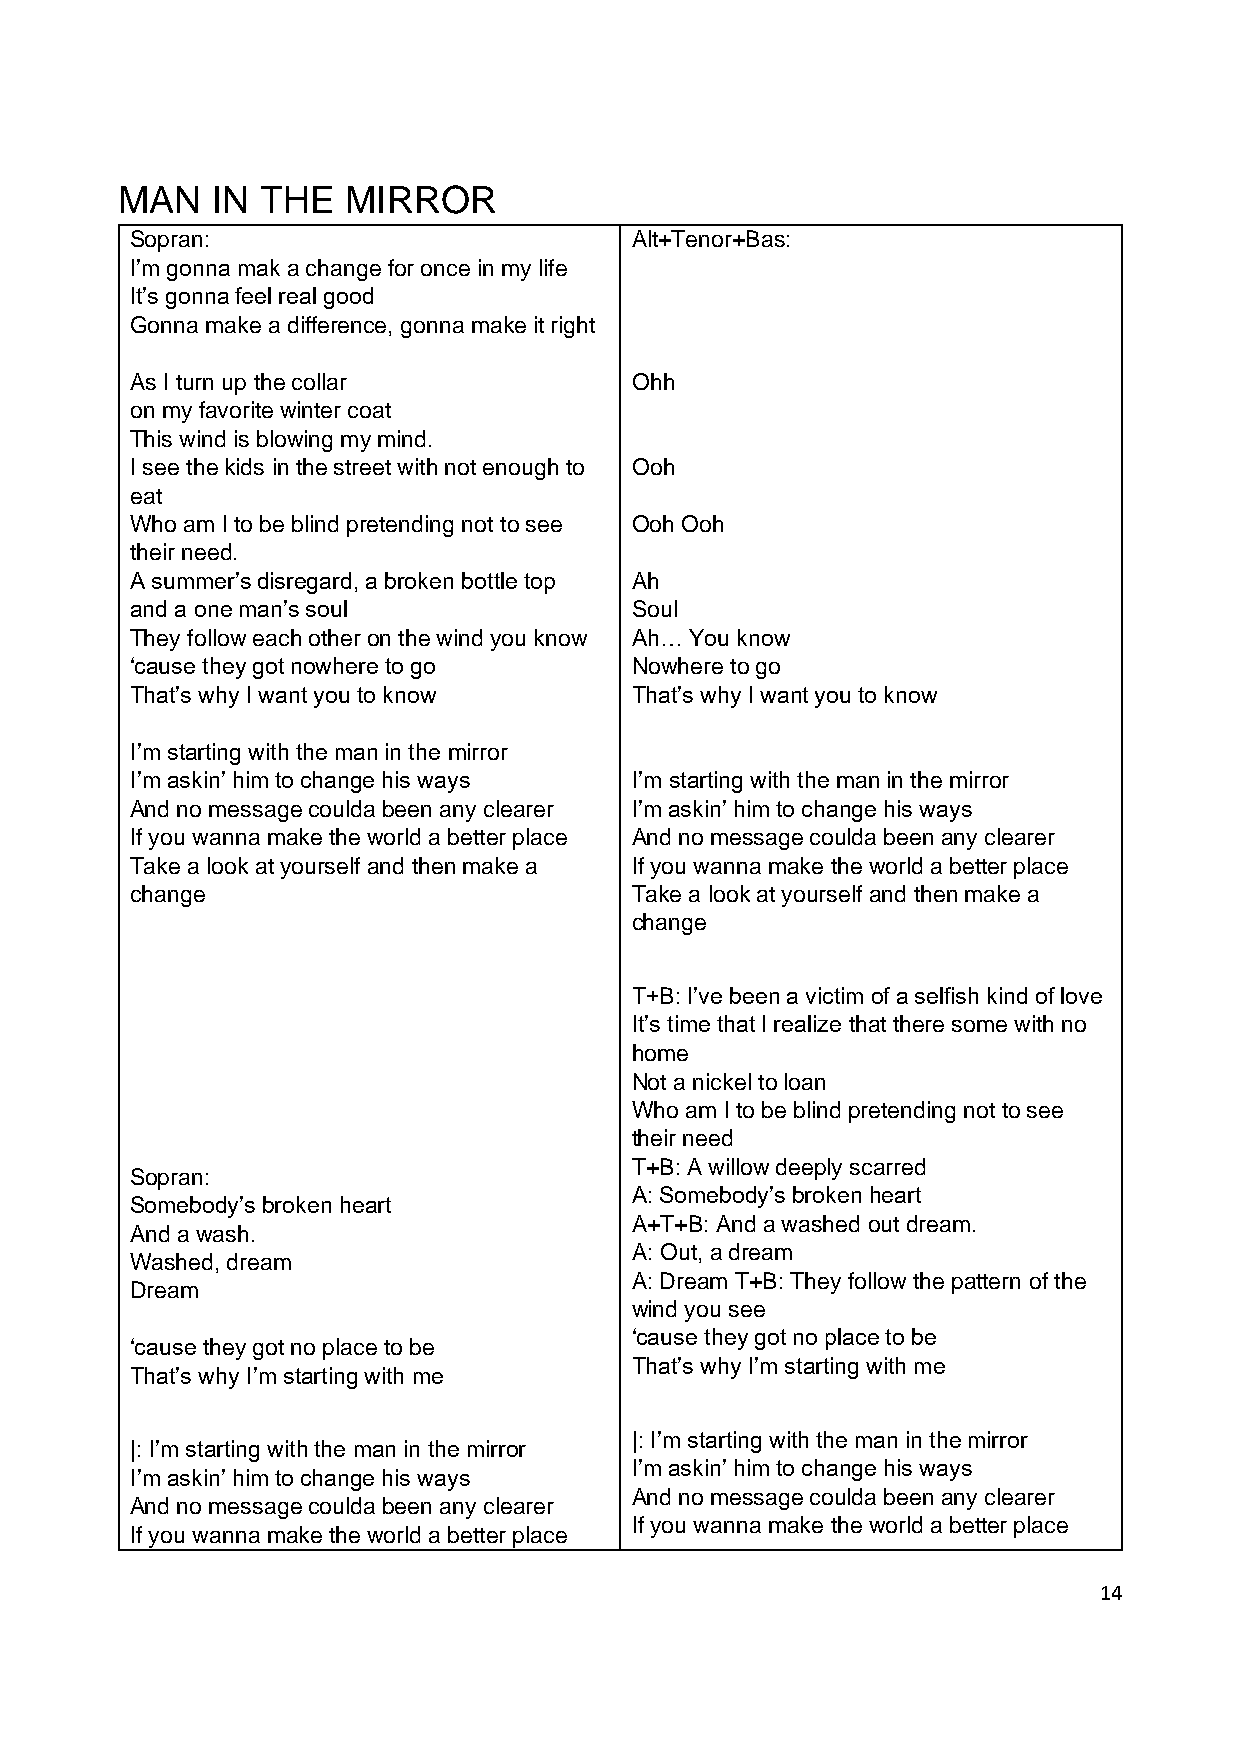
MAN   IN THE   MIRROR
 Sopran:                          Alt+Tenor+Bas:
 I’m gonna mak a change for once in my life
 It’s gonna feel real good
 Gonna make a difference, gonna make it right
 As I turn up the collar          Ohh
 on my favorite winter coat
 This wind is blowing my mind.
 I see the kids in the street with not enough to Ooh
 eat
 Who am I to be blind pretending not to see Ooh Ooh
 their need.
 A summer’s disregard, a broken bottle top Ah
 and a one man’s soul             Soul
 They follow each other on the wind you know Ah… You know
 ‘cause they got nowhere to go    Nowhere to go
 That’s why I want you to know    That’s why I want you to know
 I’m starting with the man in the mirror
 I’m askin’ him to change his ways I’m starting with the man in the mirror
 And no message coulda been any clearer I’m askin’ him to change his ways
 If you wanna make the world a better place And no message coulda been any clearer
 Take a look at yourself and then make a If you wanna make the world a better place
 change                           Take a look at yourself and then make a
 change
 T+B: I’ve been a victim of a selfish kind of love
 It’s time that I realize that there some with no
 home
 Not a nickel to loan
 Who am I to be blind pretending not to see
 their need
 T+B: A willow deeply scarred
 Sopran:
 A: Somebody’s broken heart
 Somebody’s broken heart
 A+T+B: And a washed out dream.
 And a wash.
 A: Out, a dream
 Washed, dream
 A: Dream T+B: They follow the pattern of the
 Dream
 wind you see
 ‘cause they got no place to be
 ‘cause they got no place to be
 That’s why I’m starting with me
 That’s why I’m starting with me
 |: I’m starting with the man in the mirror
 |: I’m starting with the man in the mirror
 I’m askin’ him to change his ways
 I’m askin’ him to change his ways
 And no message coulda been any clearer
 And no message coulda been any clearer
 If you wanna make the world a better place
 If you wanna make the world a better place
 14